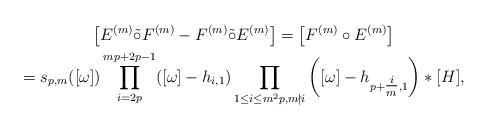
LaTeX: \begin{gather*}\big[E^{(m)} \tilde{\circ} F^{(m)} -F^{(m)} \tilde{\circ} E^{(m)}\big]=\big[F^{(m)} \circ E^{(m)}\big]\\=s_{p,m}([\omega]) \prod\limits_{i=2p}^{mp+2p-1} ([\omega]- h_{i,1}) \prod\limits_{1\leq i\leq m^2p, m\nmid i}\bigg([\omega]-h_{p+\tfrac{i}{m},1}\bigg)* [H],\end{gather*}